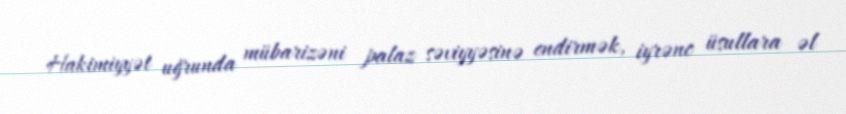
Hakimiyyət uğrunda mübarizəni palaz səviyyəsinə endirmək, iyrənc üsullara əl